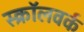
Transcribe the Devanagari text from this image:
स्क्रॉलवर्क